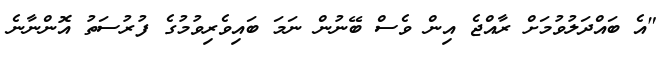
"އެ ބައްދަލުވުމަށް ރާއްޖެ އިން ވެސް ބޭނުން ނަމަ ބައިވެރިވުމުގެ ފުރުސަތު އޮންނާނެ